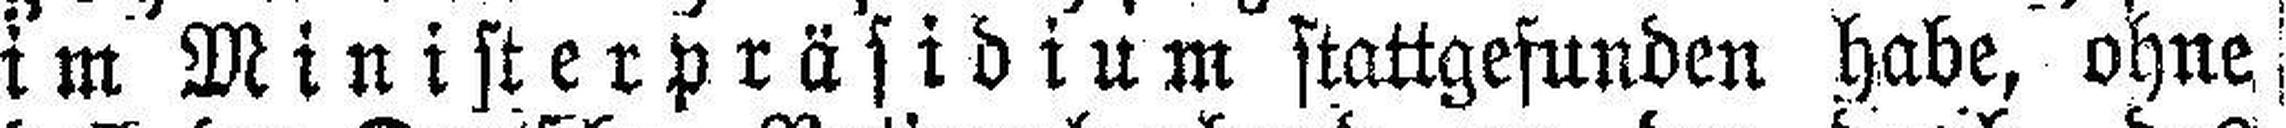
im Ministerpräsidium stattgefunden habe, ohne